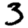
Digit: 3